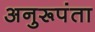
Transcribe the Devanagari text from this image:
अनुरूपंता